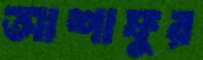
আশাফুর